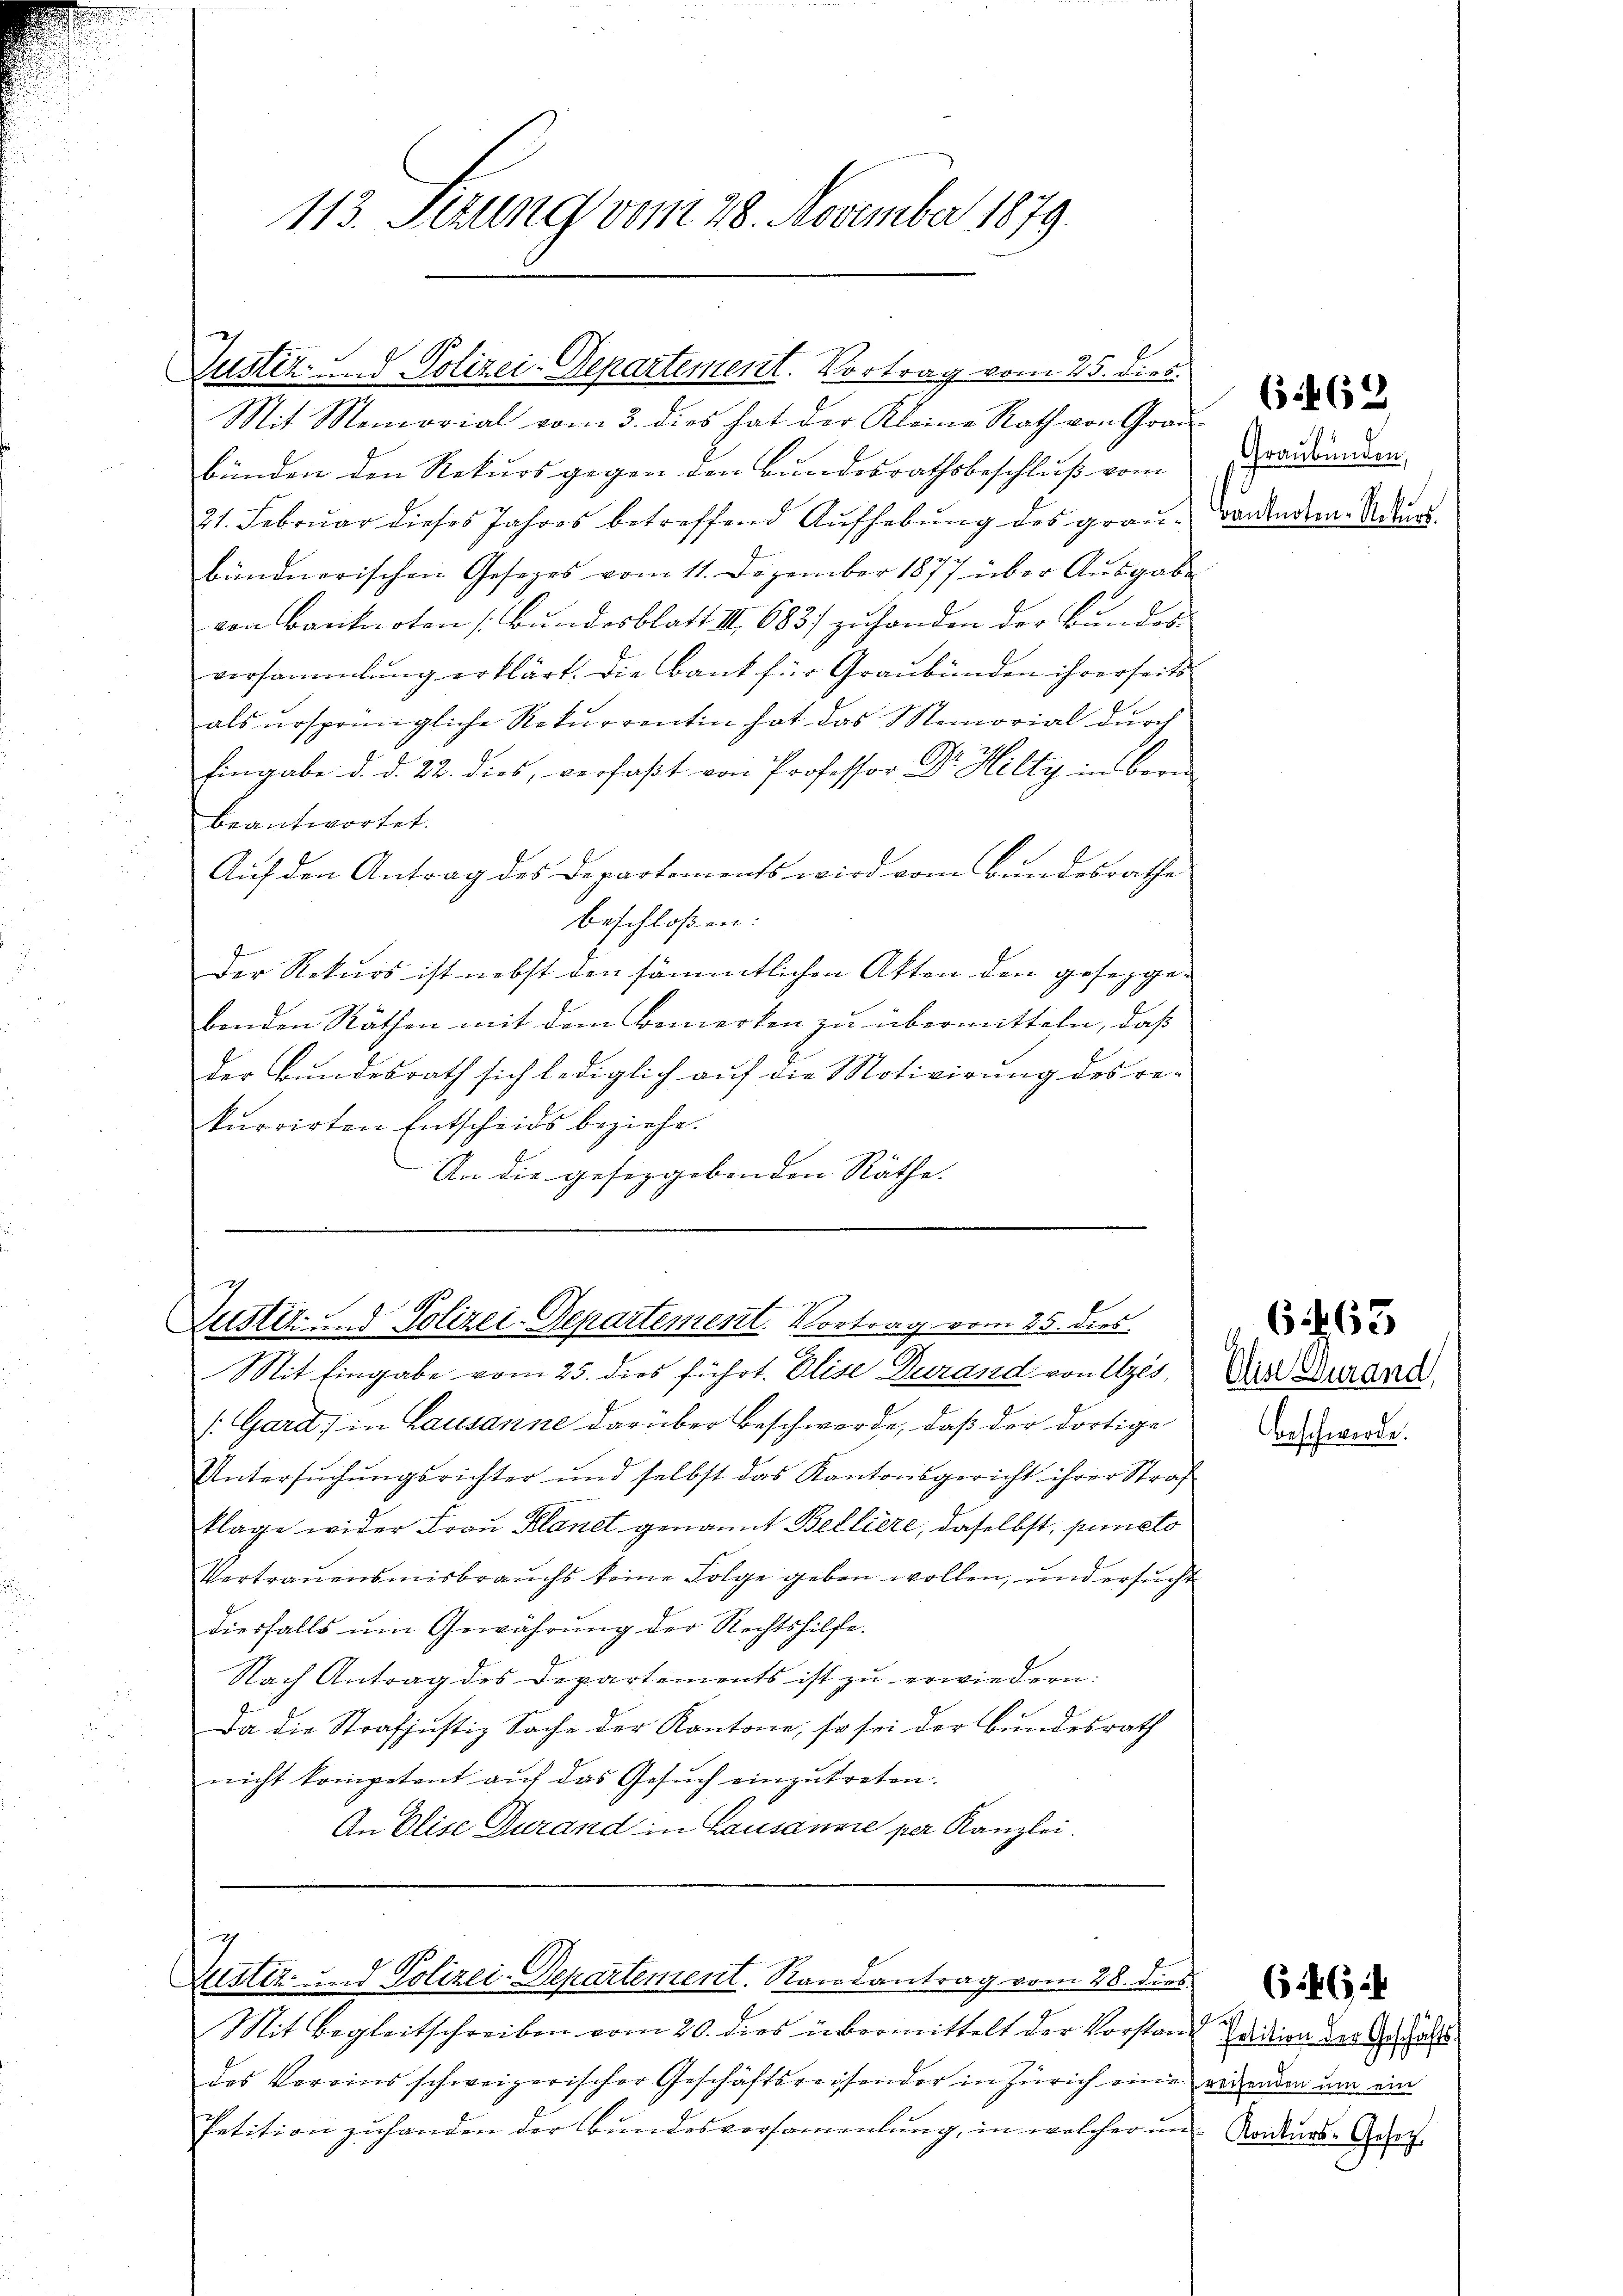
113. Setzung vom 28. November 1879.

Justiz- und Polizei-Departement. Vortrag vom 25. dies

Justiz- & Polizei-Departement. Vortrag vom 25. dies

Mit Memorial vom 3. dies hat der Kleine Rath von Gra
Bunden den Rekurs gegen den Bundesrathsbeschluß vom
21. Februar dieses Jahres betreffend Aŭfhebŭng des grau andenden. Wurd
bündnerischen Gesezes vom 11. Dezember 1877 über Ausgabe
von Banknoten (Bundesblatt III 683/ zuhanden der Bundes
versammlung erklärt. Die Bank für Graubünden ihrerseits
als ursprüngliche Rekurrentin hat das Memorial durch
Eingabe d. d. 22. dies, verfaßt von Professor Dr. Hilty in Bern
beantwortet.
Auf den Antrag des Departements wird vom Bundesrathe
beschloßen:
Der Rekurs ist nebst den sämmtlichen Akten den gesezgebenden Räthen mit dem Bemerken zu übermitteln, daß
Der Bundesrath sich lediglich auf die Motivirung des re-
kurrirten Entscheids beziehe.
An die geseggebenden Räthe.

Mit Eingabe vom 25. dies führt. Elise Durand von Uzes, der Durand
/. Gard, in Lausanne darüber beschwerde, daß der dortige
Untersuchungsrichter und selbst das Kantonsgericht ihrer Straf
klage wider Frau Klanet genannt Belliere, daselbst, puncto
Vertrauensmisbrauchs keine Folge geben wollen, und ersucht
diesfalls ŭm Gewährung der Rechtshilfe.
Nach Antrag des Departements ist zu erwiedern.
Da die Strafjustiz Sache der Kantone, so sei der Bundesrath
nicht kompetent auf das Gesuch einzutreten.
An Elise durand in Lausanne per Kanzlei.

Justiz- und Polizei-Departement. Randantrag vom 28. dies

Mit Begleitschreiben vom 20. dies übermittelt der Vorstand Zeidien der Gesta
des Vereins schweizerischer Geschäftsreisender in Zürich eine regenden um ein
Petition zŭ handen der Bŭndesversammlung, in welcher in Konkurs-Geset

Graubünden,

Beschwerde.

613

646